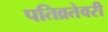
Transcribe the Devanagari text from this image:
पतिव्रतेवरी